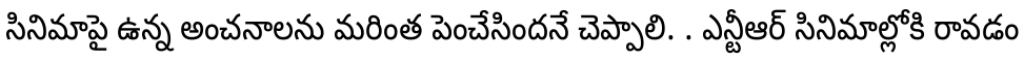
సినిమాపై ఉన్న అంచనాలను మరింత పెంచేసిందనే చెప్పాలి. . ఎన్టీఆర్ సినిమాల్లోకి రావడం